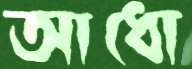
আধো